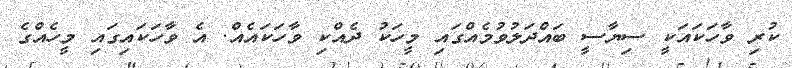
ކުރި ވާހަކައަކީ ސިޔާސީ ބައްދަލުވުމެއްގައި މީހަކު ދެއްކި ވާހަކައެއް. އެ ވާހަކައިގައި މީހެއްގެ